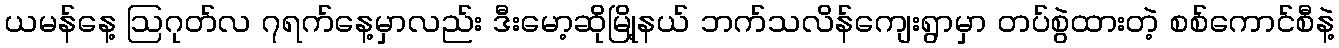
ယမန်နေ့ ဩဂုတ်လ ၇ရက်နေ့မှာလည်း ဒီးမော့ဆိုမြို့နယ် ဘက်သလိန်ကျေးရွာမှာ တပ်စွဲထားတဲ့ စစ်ကောင်စီနဲ့